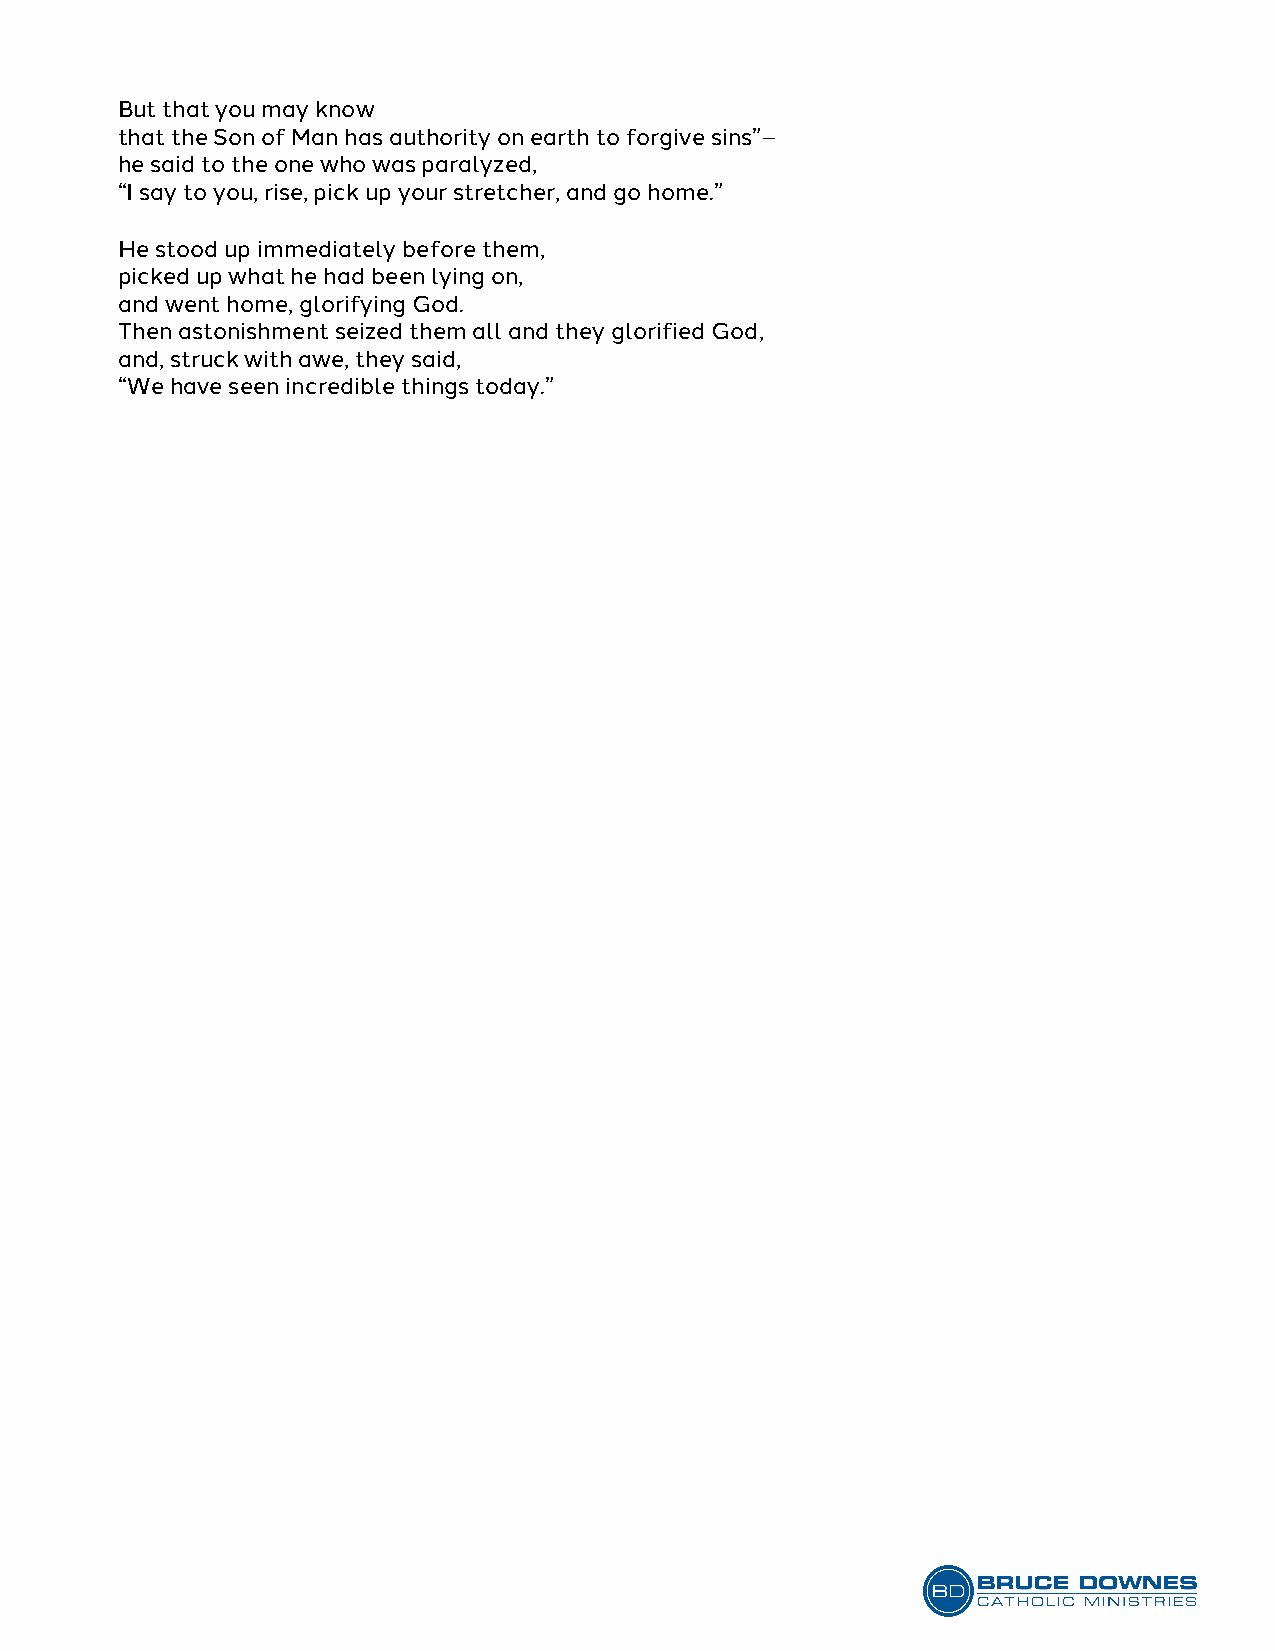
But that you may know
 that the Son of Man has authority on earth to forgive sins”–
 he said to the one who was paralyzed,
 “I say to you, rise, pick up your stretcher, and go home.”
 He stood up immediately before them,
 picked up what he had been lying on,
 and went home, glorifying God.
 Then astonishment seized them all and they glorified God,
 and, struck with awe, they said,
 “We have seen incredible things today.”